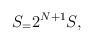
LaTeX: \begin{align*}S_= 2^{N+1}S_{}, \end{align*}